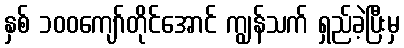
နှစ် ၁၀၀ကျော်တိုင်အောင် ကျွန်သက် ရှည်ခဲ့ပြီးမှ